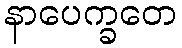
နာပေက္ခတေ